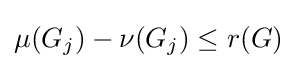
\mu (G_{j})-\nu (G_{j})\leq r(G)